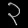
Digit: ၃